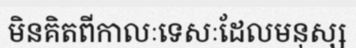
មិនគិតពីកាលៈទេសៈដែលមនុស្ស